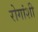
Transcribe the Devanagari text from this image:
रोगांशी